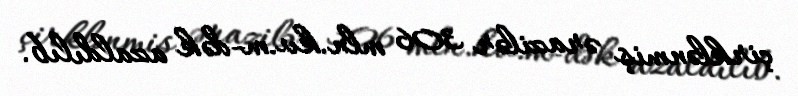
çirklənmiş ərazilər 306 mln.kv.m-dək azaldılıb.